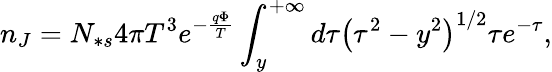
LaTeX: n_{J}=N_{\ast s}4\pi T^{3}e^{-\frac{q\Phi}{T}}\int_{y}^{+\infty}d\tau\left(\tau^{2}-y^{2}\right)^{1/2}\tau e^{-\tau},